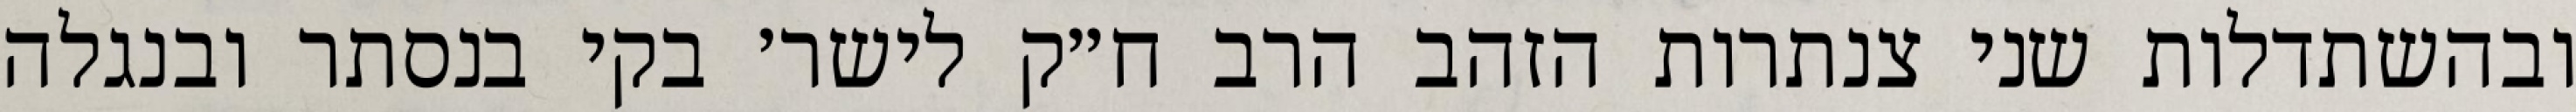
ובהשתדלות שני צנתרות הזהב הרב ח״ק לישר׳ בקי בנסתר ובנגלה